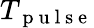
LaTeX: T_{\mathrm{~p~u~l~s~e~}}